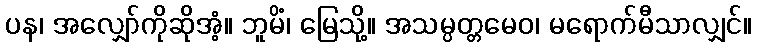
ပန၊ အလျှော်ကိုဆိုအံ့။ ဘူမိံ၊ မြေသို့။ အသမ္ပတ္တမေဝ၊ မရောက်မီသာလျှင်။